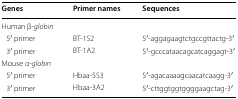
| Genes | Primer names | Sequences |
 | --- | --- | --- |
 | <COLSPAN=3> Human β-globin |
 | 5′ primer | BT-1S2 | 5′-aggagaagtctgccgttactg-3′ |
 | 3′ primer | BT-1A2 | 5′-gcccataacagcatcaggagt-3′ |
 | <COLSPAN=3> Mouse α-globin |
 | 5′ primer | Hbaa-5S3 | 5′-agacaaaagcaacatcaagg-3′ |
 | 3′ primer | Hbaa-3A2 | 5′-cttggtggtggggaagctag-3′ |